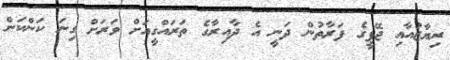
ރިޔާޒުއާއި ޖޭޕީގެ ފަރާތުން ދަނީ އެ ދާއިރާގެ ތަރައްގީއަށް ވަރަށް ގިނަ ކަންކަން